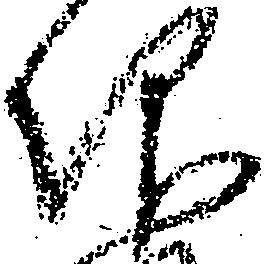
仰